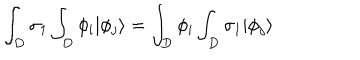
LaTeX: \int _ { D } \sigma _ { 1 } \int _ { D } \phi _ { i } | \phi _ { j } \rangle = \int _ { D } \phi _ { i } \int _ { D } \sigma _ { 1 } | \phi _ { j } \rangle \,